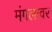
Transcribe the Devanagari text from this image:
मंगलावर